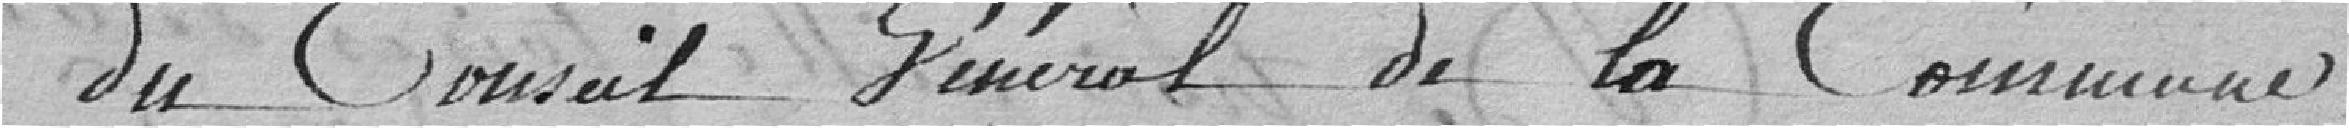
du Conseil Général de la Commune